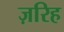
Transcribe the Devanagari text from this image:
ज़रिह